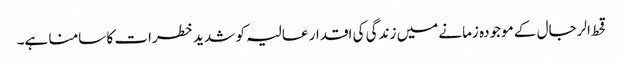
قحط الرجال کے موجودہ زمانے میں زندگی کی اقدار عالیہ کو شدید خطرات کا سامنا ہے۔